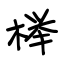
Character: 榉